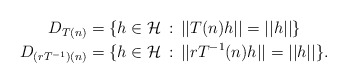
\begin{align*}\,D_{T(n)} &=\{h\in \mathcal H \,:\, ||T(n)h||=||h|| \} \\ \,D_{(rT^{-1})(n)} &=\{h\in \mathcal H \,:\, ||rT^{-1}(n)h||=||h|| \}.\end{align*}